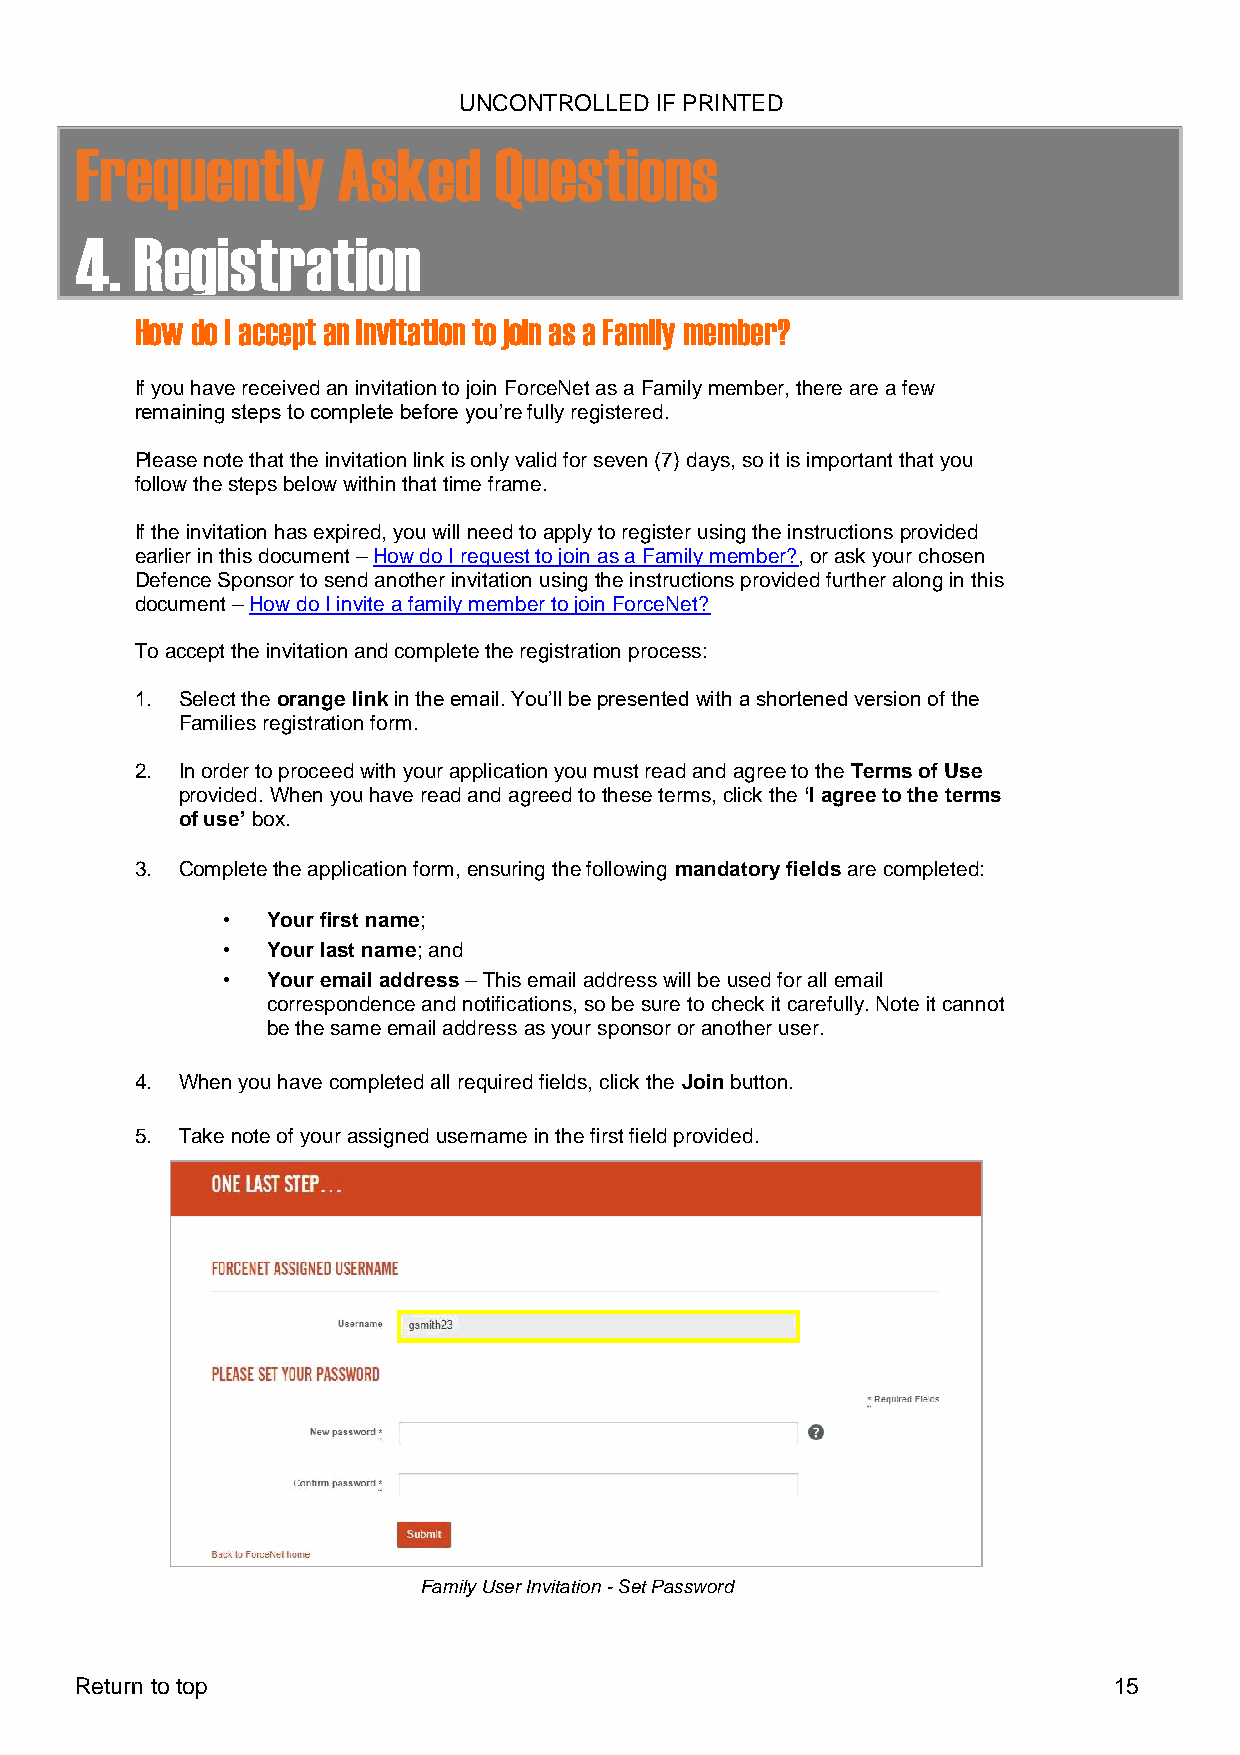
UNCONTROLLED IF PRINTED
 Frequently       Asked      Questions
 4.  Registration
 How do I accept an invitation to join as a Family member?
 If you have received an invitation to join ForceNet as a Family member, there are a few
 remaining steps to complete before you’re fully registered.
 Please note that the invitation link is only valid for seven (7) days, so it is important that you
 follow the steps below within that time frame.
 If the invitation has expired, you will need to apply to register using the instructions provided
 earlier in this document – How do I request to join as a Family member?, or ask your chosen
 Defence Sponsor to send another invitation using the instructions provided further along in this
 document – How do I invite a family member to join ForceNet?
 To accept the invitation and complete the registration process:
 1. Select the orange link in the email. You’ll be presented with a shortened version of the
 Families registration form.
 2. In order to proceed with your application you must read and agree to the Terms of Use
 provided. When you have read and agreed to these terms, click the ‘I agree to the terms
 of use’ box.
 3. Complete the application form, ensuring the following mandatory fields are completed:
 •  Your first name;
 •  Your last name; and
 •  Your email address – This email address will be used for all email
 correspondence and notifications, so be sure to check it carefully. Note it cannot
 be the same email address as your sponsor or another user.
 4. When you have completed all required fields, click the Join button.
 5. Take note of your assigned username in the first field provided.
 Family User Invitation - Set Password
 Return to top                                                        15